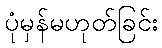
ပုံမှန်မဟုတ်ခြင်း